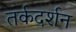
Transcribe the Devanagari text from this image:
तर्कदर्शन